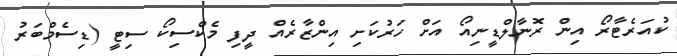
ކުއަރެޓާރޯ އިން ރޮނާލްޑީނިއޯ އަށް ހަރުކަށި އިންޒާރެއް ދީފި މެކްސިކޯ ސިޓީ (ޑިސެމްބަރު